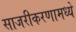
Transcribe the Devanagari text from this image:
साजरीकरणामध्ये